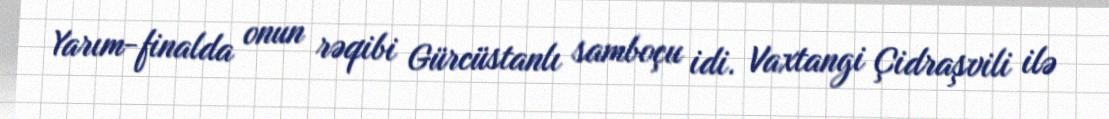
Yarım-finalda onun rəqibi Gürcüstanlı samboçu idi. Vaxtangi Çidraşvili ilə